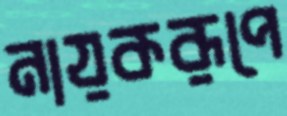
নায়করূপে